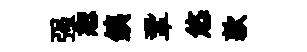
强恕銕鞏悠款